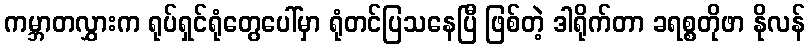
ကမ္ဘာတလွှားက ရုပ်ရှင်ရုံတွေပေါ်မှာ ရုံတင်ပြသနေပြီ ဖြစ်တဲ့ ဒါရိုက်တာ ခရစ္စတိုဖာ နိုလန်